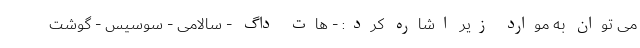
می توان به موارد زیر اشاره کرد: - هات داگ - سالامی - سوسیس - گوشت